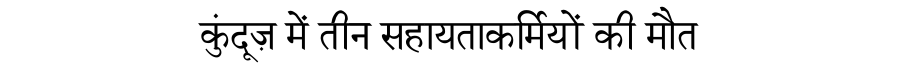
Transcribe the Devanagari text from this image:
कुंदूज़ में तीन सहायताकर्मियों की मौत